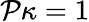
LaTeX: \mathcal{P}\kappa=1